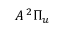
A \, { ^ 2 \Pi _ { u } }